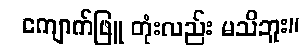
ကျောက်ဖြူ တုံးလည်း မသိဘူး။